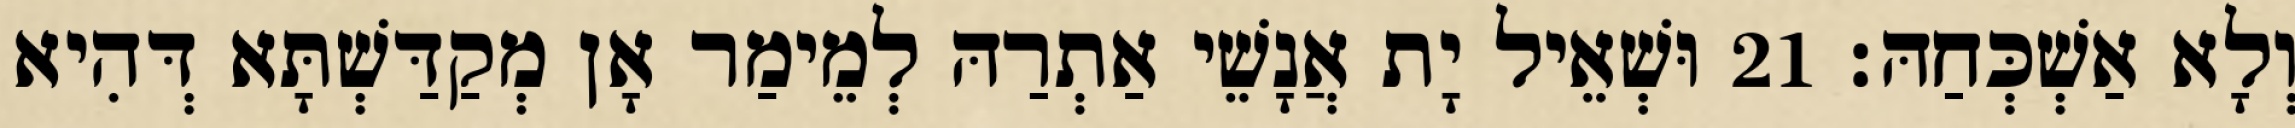
וְלָא אַשְׁכְּחַהּ׃ 21 וּשְׁאֵיל יָת אֲנָשֵׁי אַתְרַהּ לְמֵימַר אָן מְקַדַּשְׁתָּא דְּהִיא